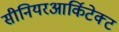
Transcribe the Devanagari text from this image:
सीनियरआर्किटेक्ट